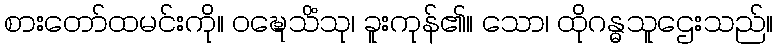
စားတော်ထမင်းကို။ ဝဍ္ဎေသိံသု၊ ခူးကုန်၏။ သော၊ ထိုဂန္ဓသူဌေးသည်။